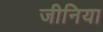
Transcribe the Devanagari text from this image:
जीनिया